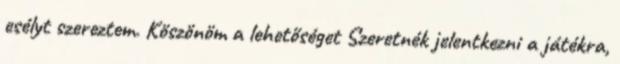
esélyt szereztem. Köszönöm a lehetőséget Szeretnék jelentkezni a játékra,